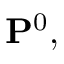
\mathbf { P } ^ { 0 } ,